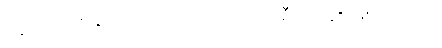
နောက်တစ်ခုကတော့ ကင်းထောက် စီမံကိန်း ဖြစ်ပါတယ်။